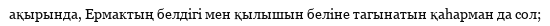
ақырында, Ермактың белдігі мен қылышын беліне тагынатын қаһарман да сол;